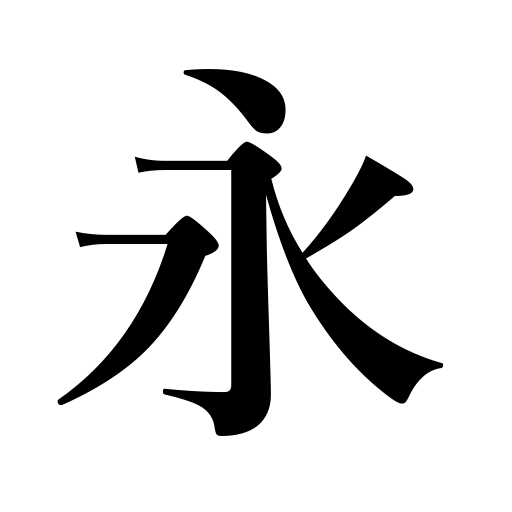
Meanings: lengthy,long